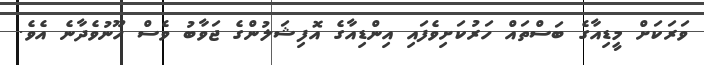
ވަރަކަށް މީޑިއާގެ ބަސްތައް ހަރުކަށިވެފައި އިންޑިއާގެ އޮފިޝަލުންގެ ޖަވާބު ވެސް ހޫނުވެދާނެ އެވެ.